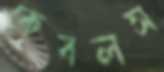
কেবলস